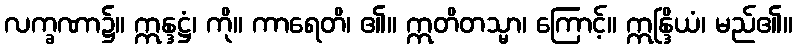
လက္ခဏာ၌။ ဣန္ဒဋ္ဌံ၊ ကို။ ကာရေတိ၊ ၏။ ဣတိတသ္မာ၊ ကြောင့်။ ဣန္ဒြိယံ၊ မည်၏။